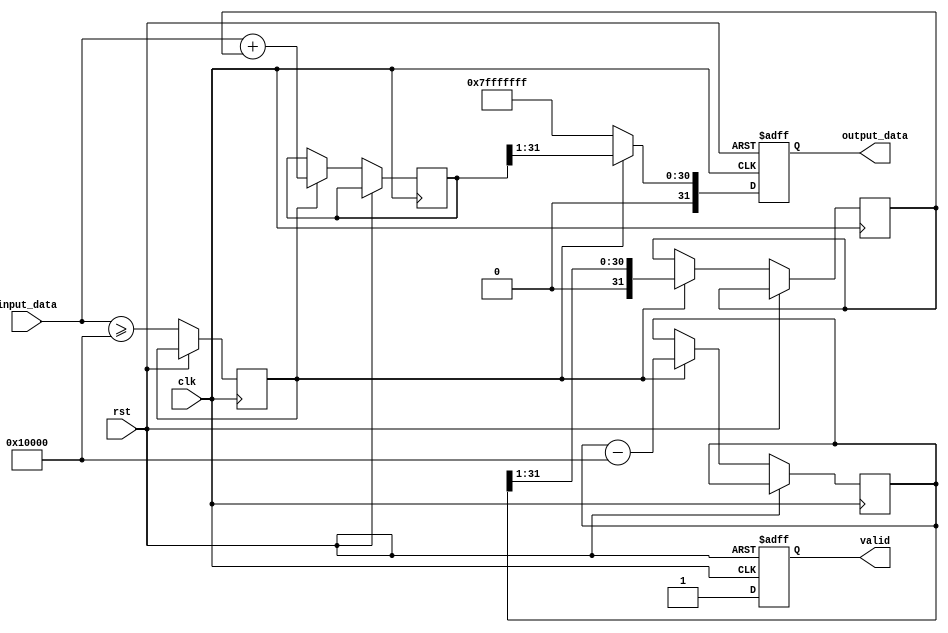
module acosh (
    input wire clk,
    input wire rst,
    input wire [31:0] input_data, // 32-bit fixed-point input
    output reg [31:0] output_data, // 32-bit fixed-point output
    output reg valid // Signal to indicate valid output
);

    // Internal signals
    reg [31:0] x_squared;
    reg [31:0] sqrt_term;
    reg [31:0] ln_input;
    reg valid_input;

    // Constants
    localparam FIXED_POINT_FRACTIONAL_BITS = 16; // Number of fractional bits
    localparam ONE_FIXED = 32'h00010000; // Fixed-point representation of 1

    // Check input validity and compute acosh
    always @(posedge clk or posedge rst) begin
        if (rst) begin
            output_data <= 32'b0;
            valid <= 1'b0;
        end else begin
            // Check if input_data < 1
            valid_input <= (input_data >= ONE_FIXED);
            if (!valid_input) begin
                // Return NaN or error code for invalid input
                output_data <= 32'h7FFFFFFF; // Example: NaN representation
                valid <= 1'b1;
            end else begin
                // Compute acosh(x) = ln(x + sqrt(x^2 - 1))
                // Step 1: Calculate x^2
                x_squared <= input_data * input_data;

                // Step 2: Calculate x^2 - 1
                x_squared <= x_squared - ONE_FIXED;

                // Step 3: Calculate sqrt(x^2 - 1)
                sqrt_term <= sqrt(x_squared); // Replace with a square root function

                // Step 4: Calculate ln(x + sqrt(x^2 - 1))
                ln_input <= input_data + sqrt_term; // x + sqrt(x^2 - 1)
                output_data <= ln(ln_input); // Replace with a logarithm function

                // Indicate valid output
                valid <= 1'b1;
            end
        end
    end

    // Square root function (stub, replace with actual implementation)
    function [31:0] sqrt(input [31:0] x);
        // Implement a square root algorithm here (e.g., Newton's method)
        // For simplicity, this is a stub. Replace with actual logic.
        sqrt = x >> 1; // Placeholder
    endfunction

    // Natural logarithm function (stub, replace with actual implementation)
    function [31:0] ln(input [31:0] x);
        // Implement a logarithm algorithm here (e.g., CORDIC or Taylor series)
        // For simplicity, this is a stub. Replace with actual logic.
        ln = x >> 1; // Placeholder
    endfunction

endmodule